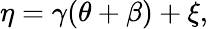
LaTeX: \eta=\gamma(\theta+\beta)+\xi,